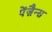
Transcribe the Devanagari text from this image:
पेंज़ैन्स